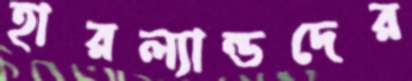
হারল্যান্ডদের